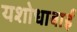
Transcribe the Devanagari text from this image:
यशोधाबाई